Senior Leaving Certificate Examination (including Day School Certificate (Higher) General paper), 1948
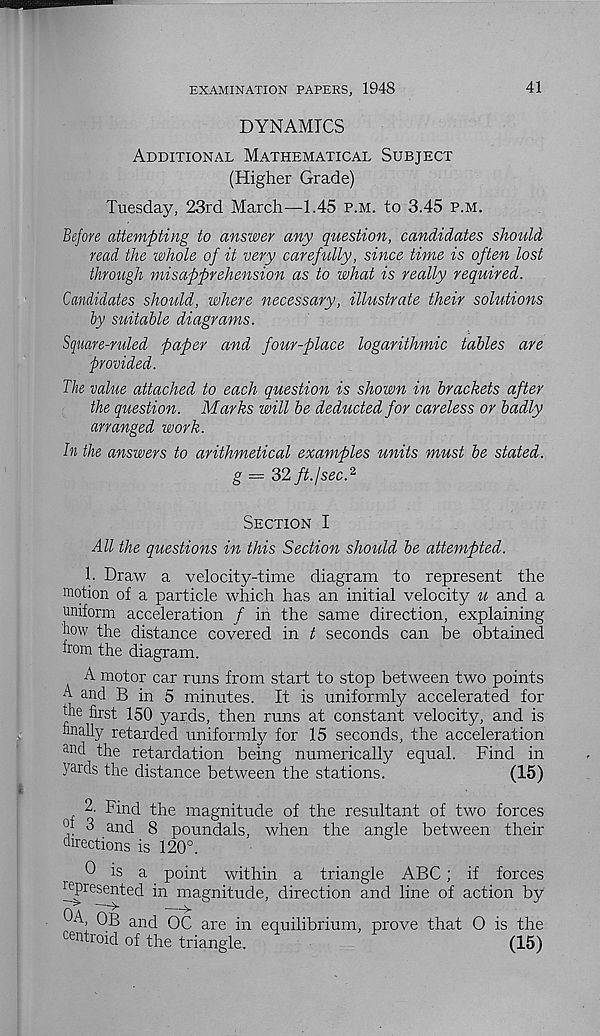
EXAMINATION PAPERS, 1948
41
DYNAMICS
Additional Mathematical Subject
(Higher Grade)
Tuesday, 23rd March—1.45 p.m. to 3.45 p.m.
Before attempting to answer any question, candidates should
read the whole of it very carefully, since time is often lost
through misapprehension as to what is really required.
Candidates should, where necessary, illustrate their solutions
by suitable diagrams.
Square-ruled paper and four-place logarithmic tables are
provided.
The value attached to each question is shown in brackets after
the question. Marks will be deducted for careless or badly
arranged work.
In the answers to arithmetical examples units must be stated.
g = 32 ft. I sec.^
Section I
All the questions in this Section should be attempted.
1. Draw a velocity-time diagram to represent the
motion of a particle which has an initial velocity u and a
uniform acceleration / in the same direction, explaining
how the distance covered in t seconds can be obtained
from the diagram.
A motor car runs from start to stop between two points
A and B in 5 minutes. It is uniformly accelerated for
the first 150 yards, then runs at constant velocity, and is
finally retarded uniformly for 15 seconds, the acceleration
an d the retardation being numerically equal. Find in
yards the distance between the stations.
(15)
2. Find the magnitude of the resultant of two forces
m 3 and 8 poundals, when the angle between their
directions is 120°.
0 is a point within a triangle ABC; if forces
^presented in magnitude, direction and line of action by
Pi A ' ^
^
A, OB and OC are in equilibrium, prove that O is the
centroid of the triangle.
(15)